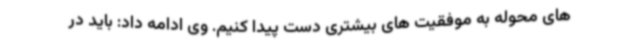
های محوله به موفقیت های بیشتری دست پیدا کنیم. وی ادامه داد: باید در